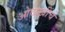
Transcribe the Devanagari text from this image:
ओळखींचे